Lock hospitals Punjab
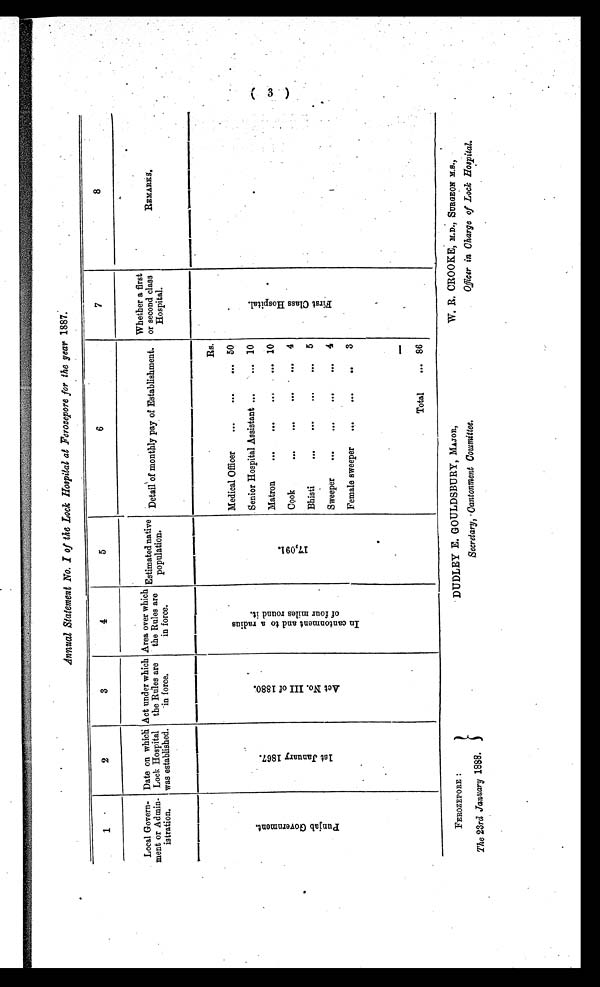
FEROZEPORE :
The 23rd January 1888.
DUDLEY E. GOULDSBURY, MAJOR,
Secretary, Cantonment Committee.
W. R. CROOKE, M.D., SURGEON M.S .,
Officer in Charge of Lock Hospital.
Annual Statement No. I of the Lock Hospital at Ferozepore for the year 1887.
1
2
3
4
5
6
7
8
Local Govern-
ment or Admin-
istration.
Date on which
Lock Hospital
was established.
Act under which
the Rules are
in force.
Area over which
the Rules are
in force.
Estimated native
population.
Detail of monthly pay of Establishment.
Whether a first
or second class
Hospital.
.
R E M A R K S .
P u n j a b G o v e r n m e n t .
1 s t J a n u a r y 1 8 6 7
.
A c t N o . I I I o f 1 8 8 0 .
I n c a n t o n m e n t a n d t o a r a d i u s o f f o u r m i l e s r o u n d i t .
1 7 , 0 9 1 .
Rs.
F i r s t c l a s s H o s p i t a l .
Medical Officer
...
. . . 50
Senior Hospital Assistant ...
. . . 10
Matron
...
. . .
10
Cook
...
. . .
4
Bhisti
...
. . . 5
Sweeper
...
. . .
4
Female sweeper
...
. . .
3
Total
... 86
(3)